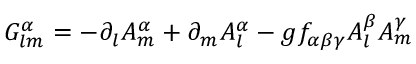
G _ { l m } ^ { \alpha } = - \partial _ { l } A _ { m } ^ { \alpha } + \partial _ { m } A _ { l } ^ { \alpha } - g f _ { \alpha \beta \gamma } A _ { l } ^ { \beta } A _ { m } ^ { \gamma }